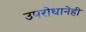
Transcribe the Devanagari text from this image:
उपरोधानेही